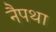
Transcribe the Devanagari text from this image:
नैपथा